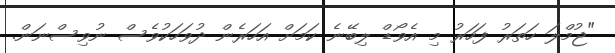
"ޖުމްލަ ހަތަރު ފަހަރު މި އެވޯޑް ލިބޭނެ ކަމަށް އަހަރެން ދުވަހަކުވެސް ނުވިސްނަން.